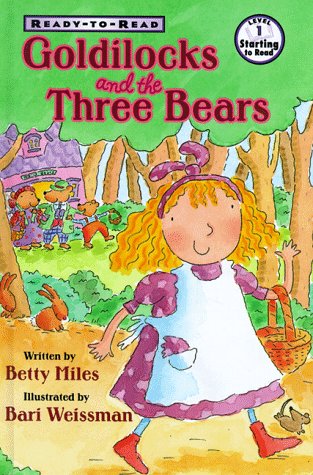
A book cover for Goldilocks And The Three Bears (Ready to Read); Betty Miles; Children's Books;